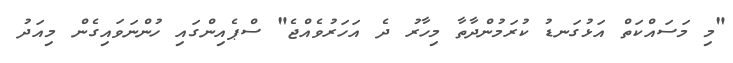
"މި މަސައްކަތް އަޅުގަނޑު ކުރަމުންދާތާ މިހާރު ދެ އަަހަރުވެއްޖެ" ސްޕެއިންގައި ހުންނަވައިގެން މިއަދު